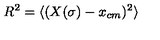
R ^ { 2 } = \langle ( X ( \sigma ) - x _ { c m } ) ^ { 2 } \rangle